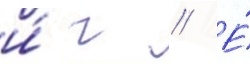
и́ г // Е́